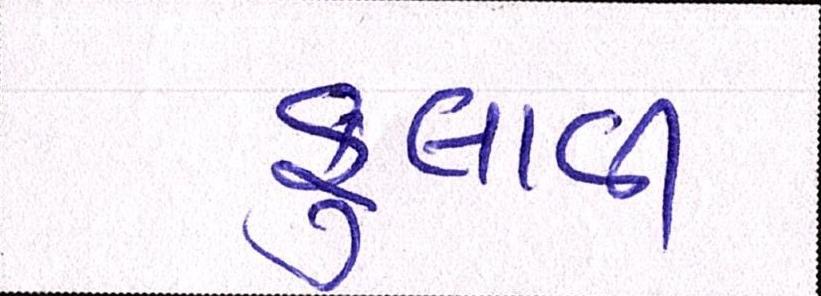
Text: ફુલાવી